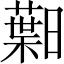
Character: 𱢯